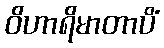
ဝိဟာရိမာတာပိံ